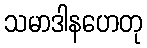
သမာဒါနဟေတု